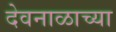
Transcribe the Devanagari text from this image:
देवनाळाच्या